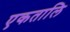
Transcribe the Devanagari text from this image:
एकतालि